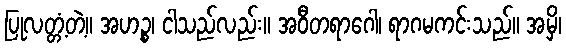
ပြုလတ္တံ့တဲ့။ အဟဉ္စ၊ ငါသည်လည်း။ အဝီတရာဂေါ၊ ရာဂမကင်းသည်။ အမှိ၊